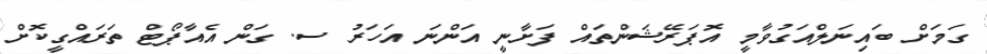
ގަމަށް ބައިނަލްއަގުވާމީ އޮޕަރޭޝަންތައް ފަށާނީ އަންނަ އަހަރު ސ. ގަން އެއާޕޯޓް ތަރައްގީކޮށް